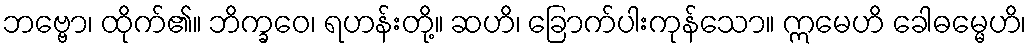
ဘဗ္ဗော၊ ထိုက်၏။ ဘိက္ခဝေ၊ ရဟန်းတို့။ ဆဟိ၊ ခြောက်ပါးကုန်သော။ ဣမေဟိ ခေါဓမ္မေဟိ၊